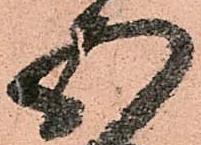
五